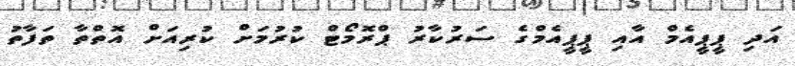
އަދި ޕީޕީއެމް އާއި ޕީޕީއެމްގެ ސަރުކާރު ޕްރޮމޯޓް ކުރުމަށް ކުރިއަށް އޮތްތާ ތަފާތު